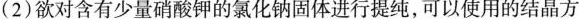
(2)欲对含有少量硝酸钾的氯化钠固体进行提纯，可以使用的结晶方